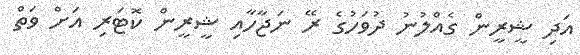
އަދި ޝީރީން ގެއްލުނު ދުވަހުގެ ރޭ ނަޖާހާއި ޝީރީން ކޮޓަރި އަށް ވަތް